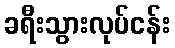
ခရီးသွားလုပ်ငန်း